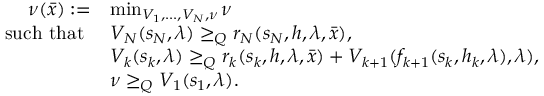
\begin{array} { r l } { \nu ( \bar { x } ) : = } & { \operatorname* { m i n } _ { V _ { 1 } , . . . , V _ { N } , \nu } \nu } \\ { \mathrm { s u c h ~ t h a t ~ } } & { V _ { N } ( s _ { N } , \lambda ) \geq _ { Q } r _ { N } ( s _ { N } , h , \lambda , \bar { x } ) , } \\ & { V _ { k } ( s _ { k } , \lambda ) \geq _ { Q } r _ { k } ( s _ { k } , h , \lambda , \bar { x } ) + V _ { k + 1 } ( f _ { k + 1 } ( s _ { k } , h _ { k } , \lambda ) , \lambda ) , } \\ & { \nu \geq _ { Q } V _ { 1 } ( s _ { 1 } , \lambda ) . } \end{array}